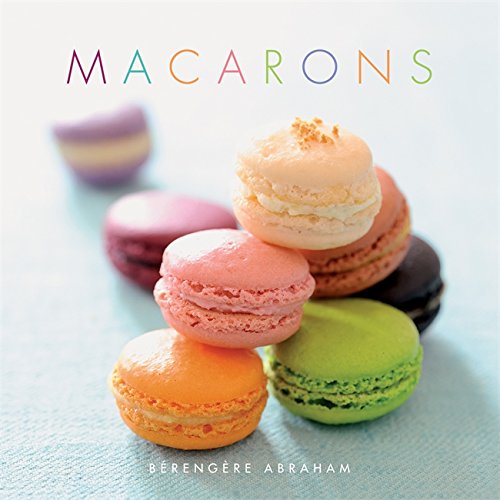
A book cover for Macarons; BÃ©rengÃ¨re Abraham; Cookbooks, Food & Wine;